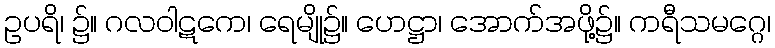
ဥပရိ၊ ၌။ ဂလဝါဋကေ၊ ရေမျို၌။ ဟေဋ္ဌာ၊ အောက်အဖို့၌။ ကရီသမဂ္ဂေ၊